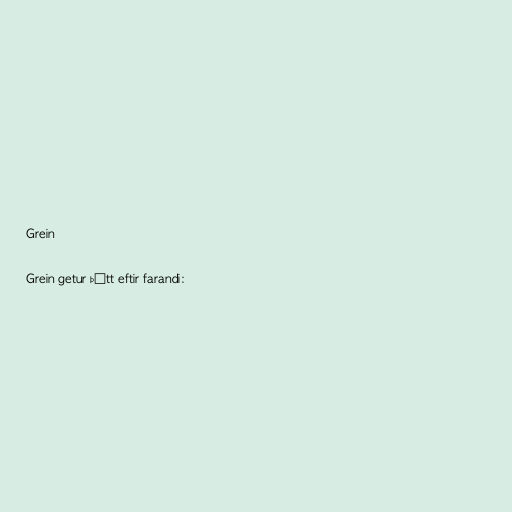
Grein

Grein getur þýtt eftir farandi: